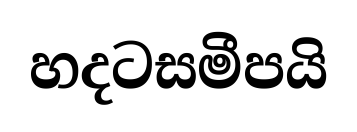
හදටසමීපයි